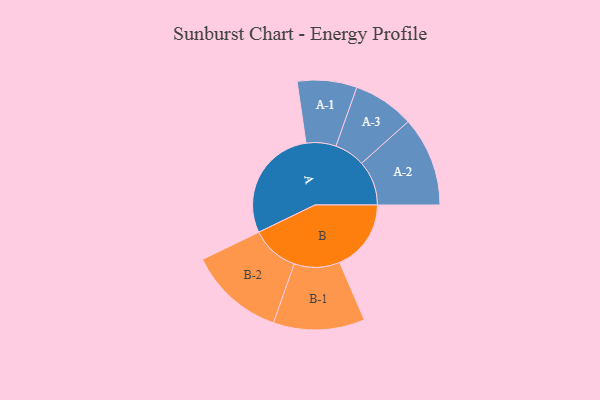
{"axis": {"x": "Segment", "y": "Value"}, "legend": ["", "A", "B"], "data": [{"x": "A", "y": 406, "type": ""}, {"x": "B", "y": 252, "type": ""}, {"x": "A-1", "y": 105, "type": "A"}, {"x": "A-2", "y": 158, "type": "A"}, {"x": "A-3", "y": 108, "type": "A"}, {"x": "B-1", "y": 161, "type": "B"}, {"x": "B-2", "y": 169, "type": "B"}]}